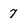
Character: 7